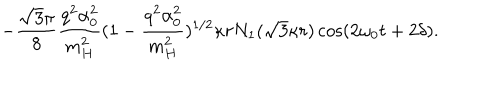
- \frac { \sqrt { 3 } \pi } { 8 } \frac { q ^ { 2 } \alpha _ { 0 } ^ { 2 } } { m _ { H } ^ { 2 } } ( 1 - \frac { q ^ { 2 } \alpha _ { 0 } ^ { 2 } } { m _ { H } ^ { 2 } } ) ^ { 1 / 2 } \kappa r N _ { 1 } ( \sqrt { 3 } \kappa r ) \cos ( 2 \omega _ { 0 } t + 2 \delta ) .